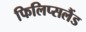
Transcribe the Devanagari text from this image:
फिलिप्सलैंड